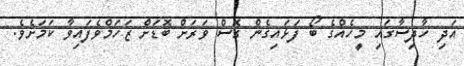
އަދި ހާދިސާގައި މީހެއްގެ ބޯ ފަޅައިގެން ގޮސް ވަރަށް ބޮޑަށް ޒަހަމްވެފައިވާ ކަމަށެވެ.